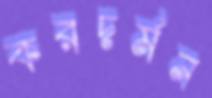
করদর্মন